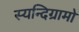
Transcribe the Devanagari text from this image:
स्यन्दिग्रामो